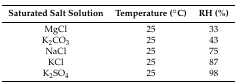
| Saturated Salt Solution | Temperature (°C) | RH (%) |
 | --- | --- | --- |
 | MgCl | 25 | 33 |
 | K2CO3 | 25 | 43 |
 | NaCl | 25 | 75 |
 | KCl | 25 | 87 |
 | K2SO4 | 25 | 98 |